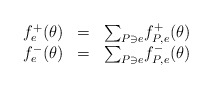
\begin{align*}\begin{array}{ccl}f_e^+(\theta)&=&\mbox{$\sum_{P\ni e}$}f_{P,e}^+(\theta)\\f_e^-(\theta)&=&\mbox{$\sum_{P\ni e}$}f_{P,e}^-(\theta)\end{array}\end{align*}